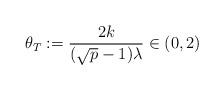
LaTeX: \begin{align*}\theta_T:=\frac{2k}{(\sqrt{p}-1)\lambda}\in (0,2)\end{align*}